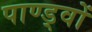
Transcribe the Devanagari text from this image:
पाण्ड्वों